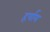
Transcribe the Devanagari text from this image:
हर्षाय